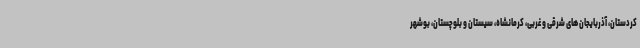
کردستان، آذربایجان های شرقی و غربی، کرمانشاه، سیستان و بلوچستان، بوشهر